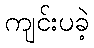
ကျင်းပခဲ့